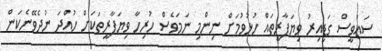
ސައުވީސް ގަޑިއިރު ވިޔަފާރީތައް ހުޅުވުމަށް ނިންމި ނަމަވެސް ހުރިހާ ވިޔަފާރީތަކަށް ހުއްދަ ނުދެވޭނެކަން